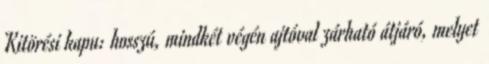
Kitörési kapu: hosszú, mindkét végén ajtóval zárható átjáró, melyet